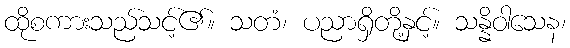
ထိုစကားသည်သင့်၏။ သတံ၊ ပညာရှိတို့နှင့်။ သန္နိဝါသေန၊